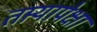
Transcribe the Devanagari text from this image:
तार्‍यापेक्षा